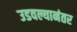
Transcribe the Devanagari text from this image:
उडवल्यानंतर